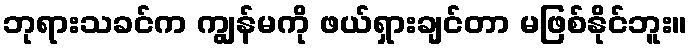
ဘုရားသခင်က ကျွန်မကို ဖယ်ရှားချင်တာ မဖြစ်နိုင်ဘူး။